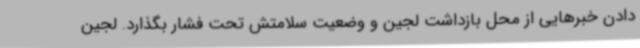
دادن خبرهایی از محل بازداشت لجین و وضعیت سلامتش تحت فشار بگذارد. لجین